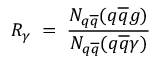
R _ { \gamma } \; = \; \frac { N _ { q \overline { { { q } } } } ( q \overline { { { q } } } g ) } { N _ { q \overline { { { q } } } } ( q \overline { { { q } } } \gamma ) }